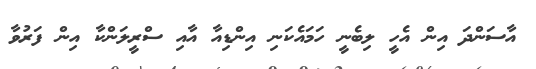
އާސަންދަ އިން އެހީ ލިބެނީ ހަމައެކަނި އިންޑިއާ އާއި ސްރީލަންކާ އިން ފަރުވާ